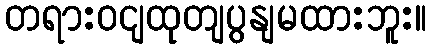
တရားဝငျထုတျပွနျမထားဘူး။